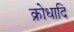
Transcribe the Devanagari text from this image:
क्रोधादि